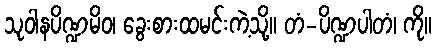
သုဝါနပိဏ္ဍမိဝ၊ ခွေးစားထမင်းကဲ့သို့။ တံ-ပိဏ္ဍပါတံ၊ ကို။